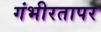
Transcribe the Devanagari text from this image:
गंभीरतापर